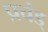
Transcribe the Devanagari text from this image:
प्रचंड्